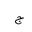
Letter: _gim